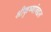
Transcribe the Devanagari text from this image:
श्रीकृष्णांबद्दल